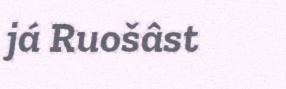
já Ruošâst